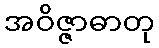
အဝိဇ္ဇာဓာတု